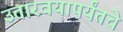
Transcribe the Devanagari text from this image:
उतारवयापर्यंतचे